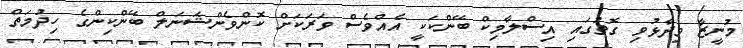
މުނީޒާ ވިދާޅުވި ގޮތުގައި އިސްލާމިކް ބޭންކަކީ އެއްވެސް ވަރަކަށް ކޮންވެންޝަނަލް ބޭންކިންގެ ހިދުމަތް